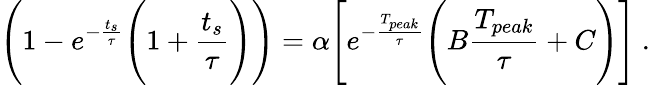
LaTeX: \Bigg(1-e^{-\frac{t_{s}}{\tau}}\Bigg(1+\frac{t_{s}}{\tau}\Bigg)\Bigg)=\alpha\Bigg[e^{-\frac{T_{peak}}{\tau}}\Bigg(B\frac{T_{peak}}{\tau}+C\Bigg)\Bigg]~.